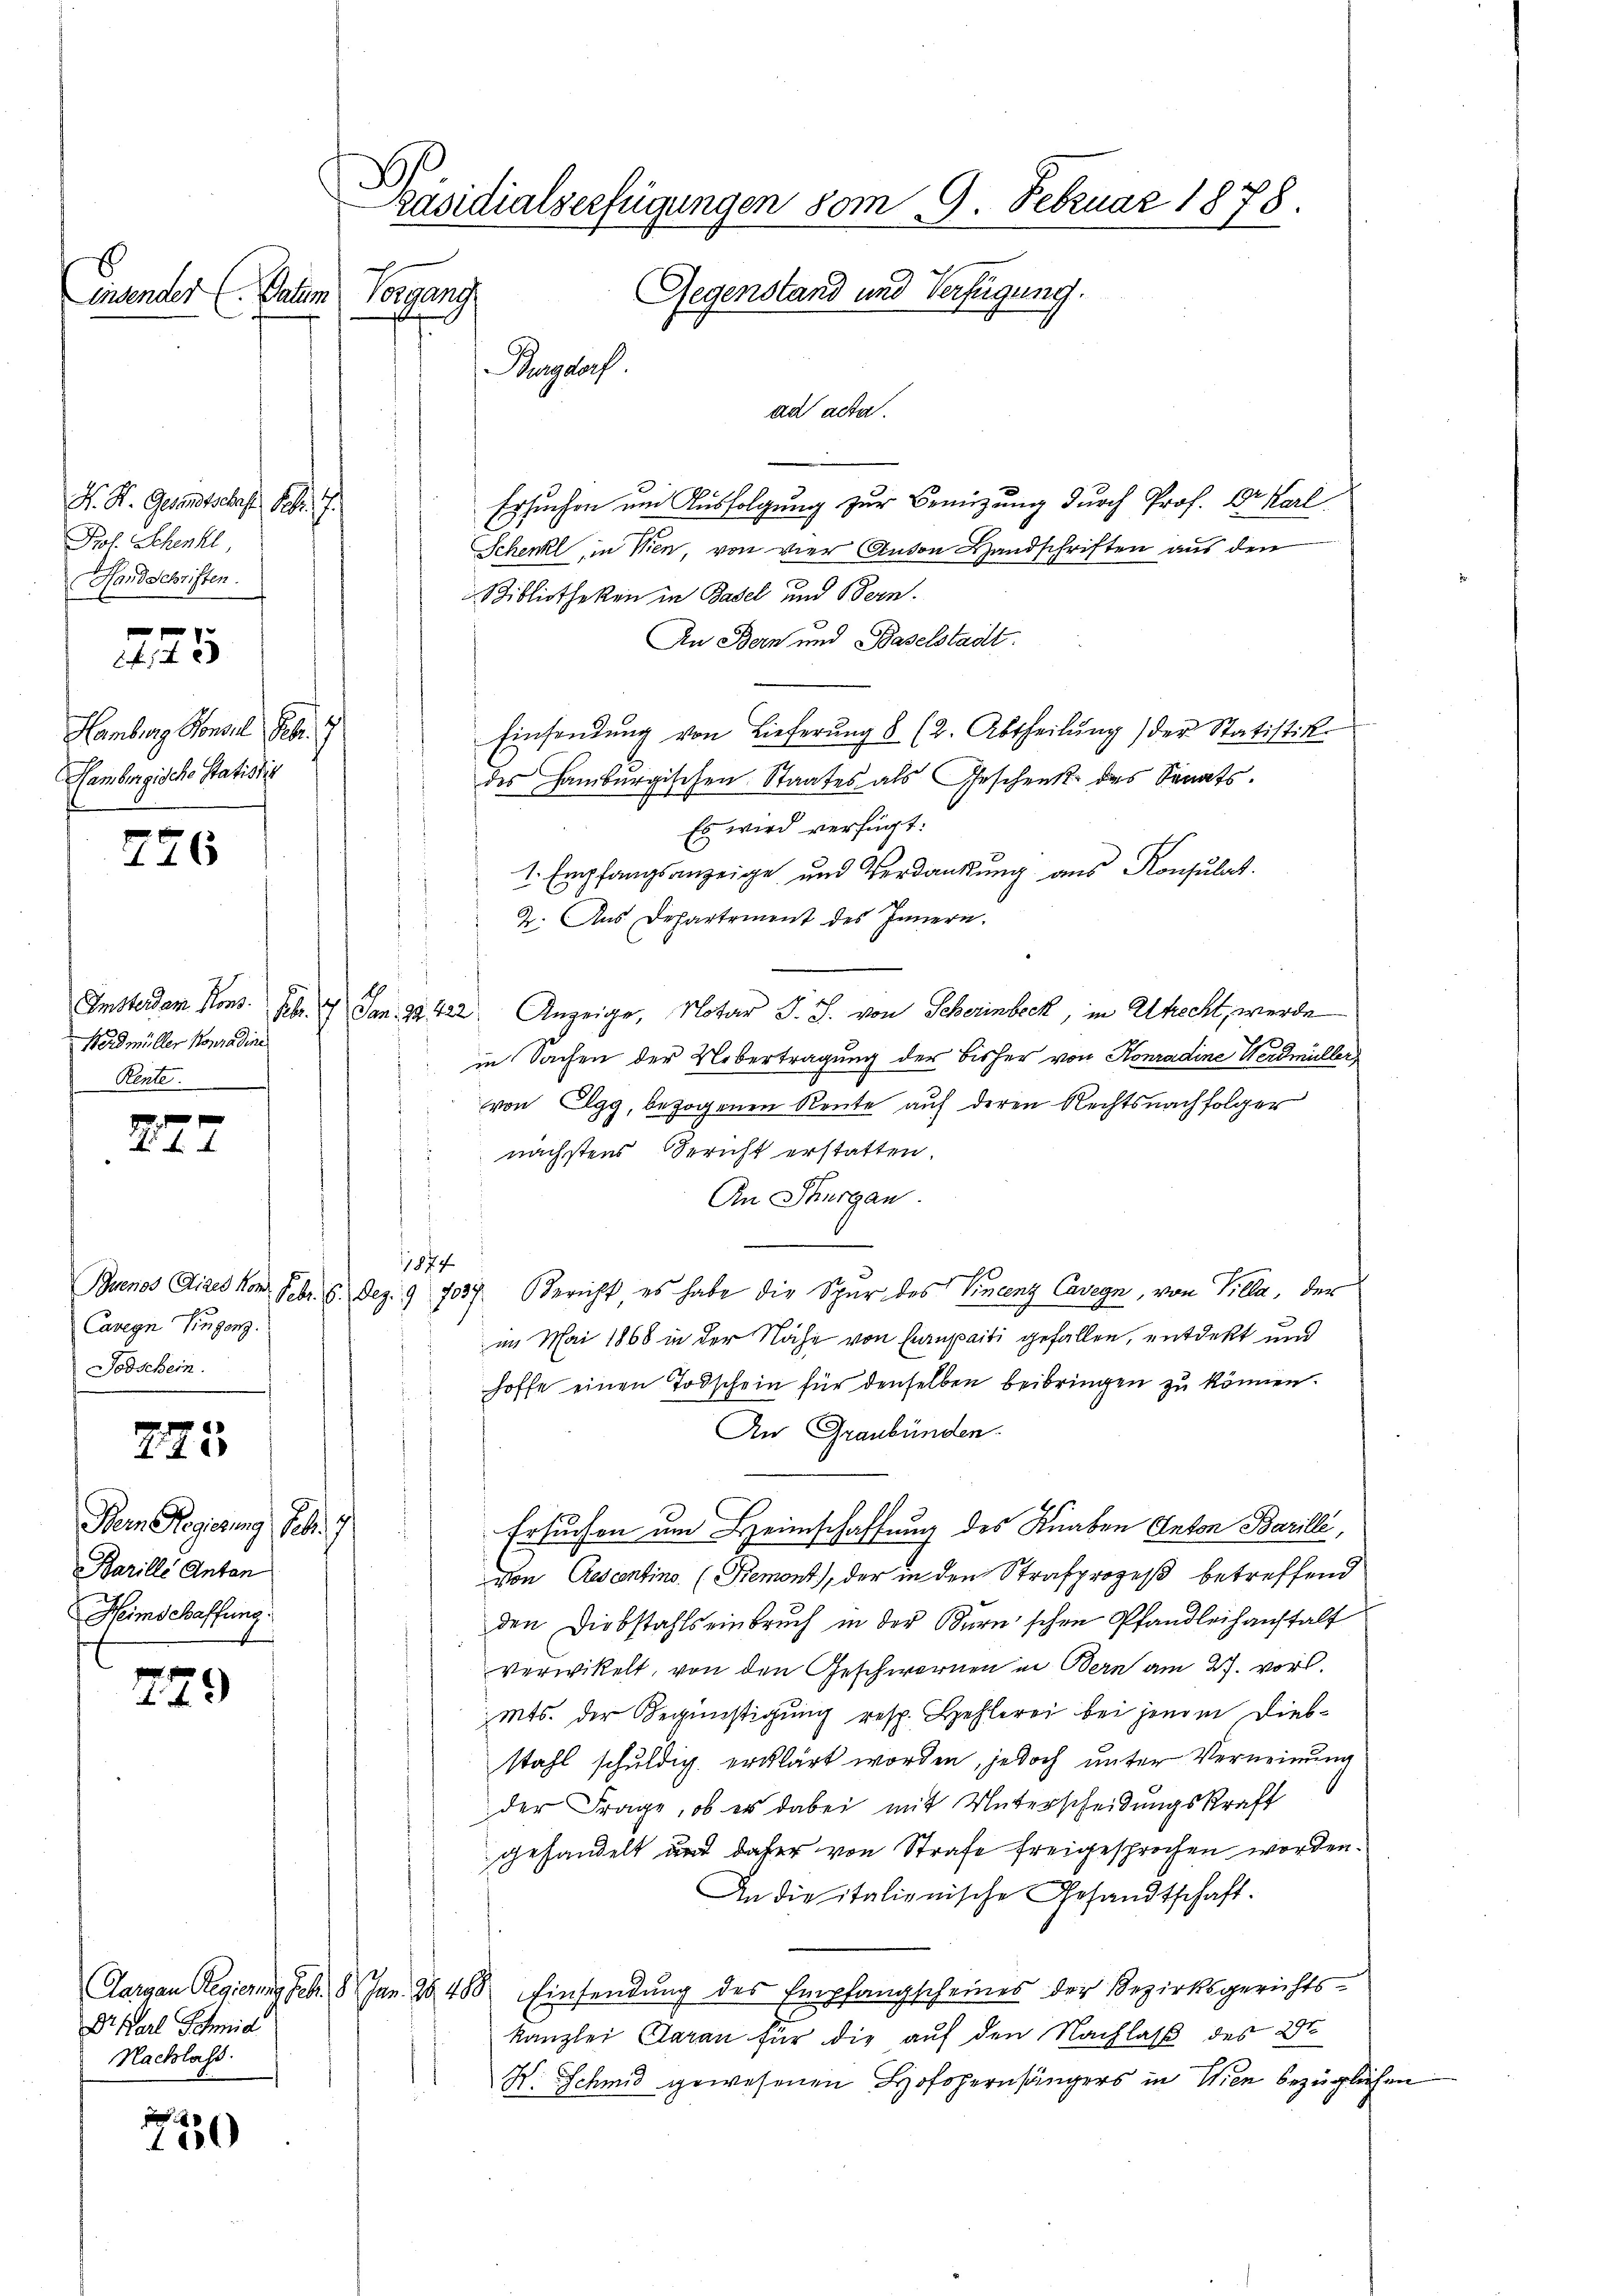
e
n

K. K. Gesandtschaft Seb. 17.
Prof. Schenkl
Handschriften

.
455

Hamburg Konsul Febr.
Hambergische Statistis

276

Werdmüller von
Rente.

fx
A .

Buenos Aires von Febr. 6. Dez. 9. 7037.
Caren Eingen
Todschein.

275

Bern Regierung Febr. 1
Barille Anton
Heimschaffung.

229

Dr Karl Schmid
Nachlass.

d
100

räsidialverfügungen vom 9. Februar 1878.
Gegenstand und Verfügung.
Tatum Vorgang
Burgdorf
ad acta.

4

Ersuchen um Ausfolgung zur Benützung durch Prof. Dr. Karl
Schenk, in Wien, von vier Anton Handschriften aus den
Bibliotheken in Basel und Bern.
An Bern und Baselstadt.
Einsendung von Lieferŭng 8 (2. Abtheilŭng der Statistike
des Hamburgischen Staates als Geschenk des Senats-
Es wird verfügt:
1. Empfangsanzeige und Verdankung aus Konsulat
 2. Aus Departement des Innern.
Umsterdam Kons. Febr. 17. Jan. 23. 422. Anzeige, Notar J. J. von Scherinbeck, in Utrecht, werde
in Sachen der Uebertragung der bisher von Konradine Werdmüller
von Elgg, bezogenen Rente auf deren Rechtsnachfolger
nächstens Bericht erstatten.
e
An Thurgau.
1874
Bericht, es habe die Spur des Vincenz Cavegn, von Villa, der
im Mai 1868 in der Nähe von Haupaiti gefallen, entdekt und
hoffe einen Todschein für denselben beibringen zu können.
An Graubünden.
Ersuchen um Heimschaffung des Knaben Anton Barille,
von Gesantins (Remont), der in den Strafprozeß betreffend
den Diebstahls einbruch in der Burnischen Pfandleihanstalt
verwikelt, von den Geschwernen in Bern am 27. vorl
Mts. der Begünstigung resp. Hehlerei bei jene in Diebstahl schuldig erklärt worden, jedoch unter Verneinung
der Frage, ob es dabei mit Unterscheidungskraft
gehandelt und daher von Strafe freigesprochen worden.
An die italionische Gesandtschaft.
Aargau Regierung Febr. 18 Jan. 26. 488. Einsendung des Empfangscheines der Bezirksgerichtskanzlei Caran für die auf den Nachlaß des 2
H. Schmid gewesenen Hofopernsängers in Wien bezüglichen